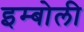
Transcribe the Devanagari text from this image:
इम्बोली